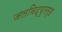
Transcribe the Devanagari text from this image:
जलविद्युतगृह